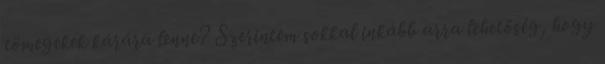
tömegekek kárára lenne? Szerintem sokkal inkább arra lehetőség, hogy